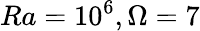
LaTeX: Ra=10^{6},\Omega=7